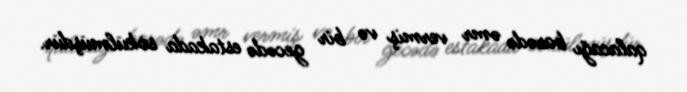
qalacağı barədə əmr vermiş və bir gecədə estakada sökülmüşdür.